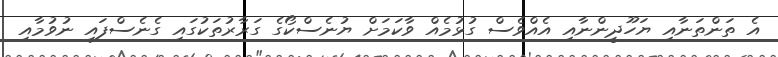
އެ ތަންތަނާއި ޔަހޫދީންނާއި އެއްވެސް ގުޅުމެއް ވާކަމަށް ޔުނެސްކޯގެ ގަރާރުތަކުގައި ގެނެސްފައި ނުވުމާއި